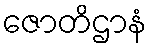
ဇောတိဌာနံ